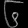
Digit: ၆